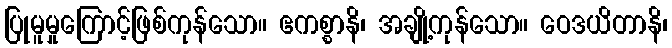
ပြုမူမှုကြောင့်ဖြစ်ကုန်သော။ ဧကစ္စာနိ၊ အချို့ကုန်သော။ ဝေဒယိတာနိ၊